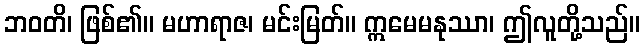
ဘဝတိ၊ ဖြစ်၏။ မဟာရာဇ၊ မင်းမြတ်။ ဣမေမနုဿာ၊ ဤလူတို့သည်။